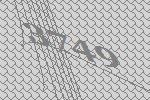
3749